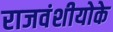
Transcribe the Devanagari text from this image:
राजवंशीयोके